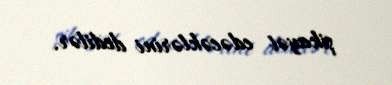
şikayət edəcəklərini dedilər.